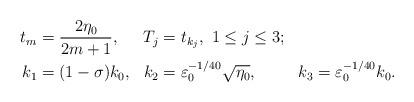
LaTeX: \begin{align*}\begin{aligned}t_{m}&=\frac{2\eta_0}{2m+1},&T_j&=t_{k_j},\,\,1\leq j\leq 3;\\k_1&=(1-\sigma)k_0,& k_2&=\varepsilon_0^{-1/40}\sqrt{\eta_0}, &k_3&=\varepsilon_0^{-1/40}k_0.\end{aligned}\end{align*}